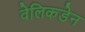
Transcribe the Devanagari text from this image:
वेलिकडेन